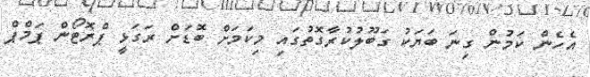
އެހެން ކަމުން ގިނަ ބަޔަކު ގަބޫލުކުރާގޮތުގައި މިކަމަށް ބޮޑަށް ރަގަޅީ ޕްރޮޓޯން ޕަމްޕް